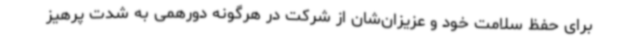
برای حفظ سلامت خود و عزیزان‌شان از شرکت در هرگونه دورهمی به شدت پرهیز